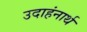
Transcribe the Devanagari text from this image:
उदाहंनार्थ